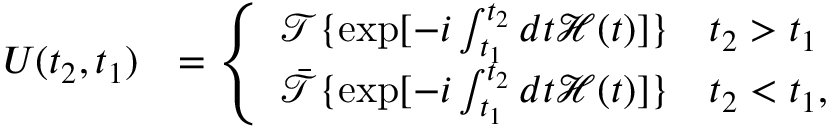
\begin{array} { r l } { U ( t _ { 2 } , t _ { 1 } ) } & { = \left\{ \begin{array} { l l } { \mathcal { T } \{ \exp [ - i \int _ { t _ { 1 } } ^ { t _ { 2 } } d t \mathcal { H } ( t ) ] \} \quad t _ { 2 } > t _ { 1 } } \\ { \Bar { \mathcal { T } } \{ \exp [ - i \int _ { t _ { 1 } } ^ { t _ { 2 } } d t \mathcal { H } ( t ) ] \} \quad t _ { 2 } < t _ { 1 } , } \end{array} \right. } \end{array}